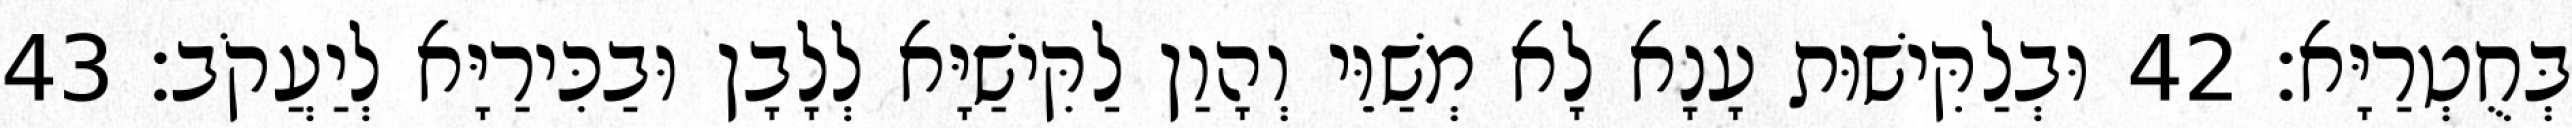
בְּחֻטְרַיָּא׃ 42 וּבְלַקִּישׁוּת עָנָא לָא מְשַׁוֵּי וְהָוַן לַקִּישַׁיָּא לְלָבָן וּבַכִּירַיָּא לְיַעֲקֹב׃ 43